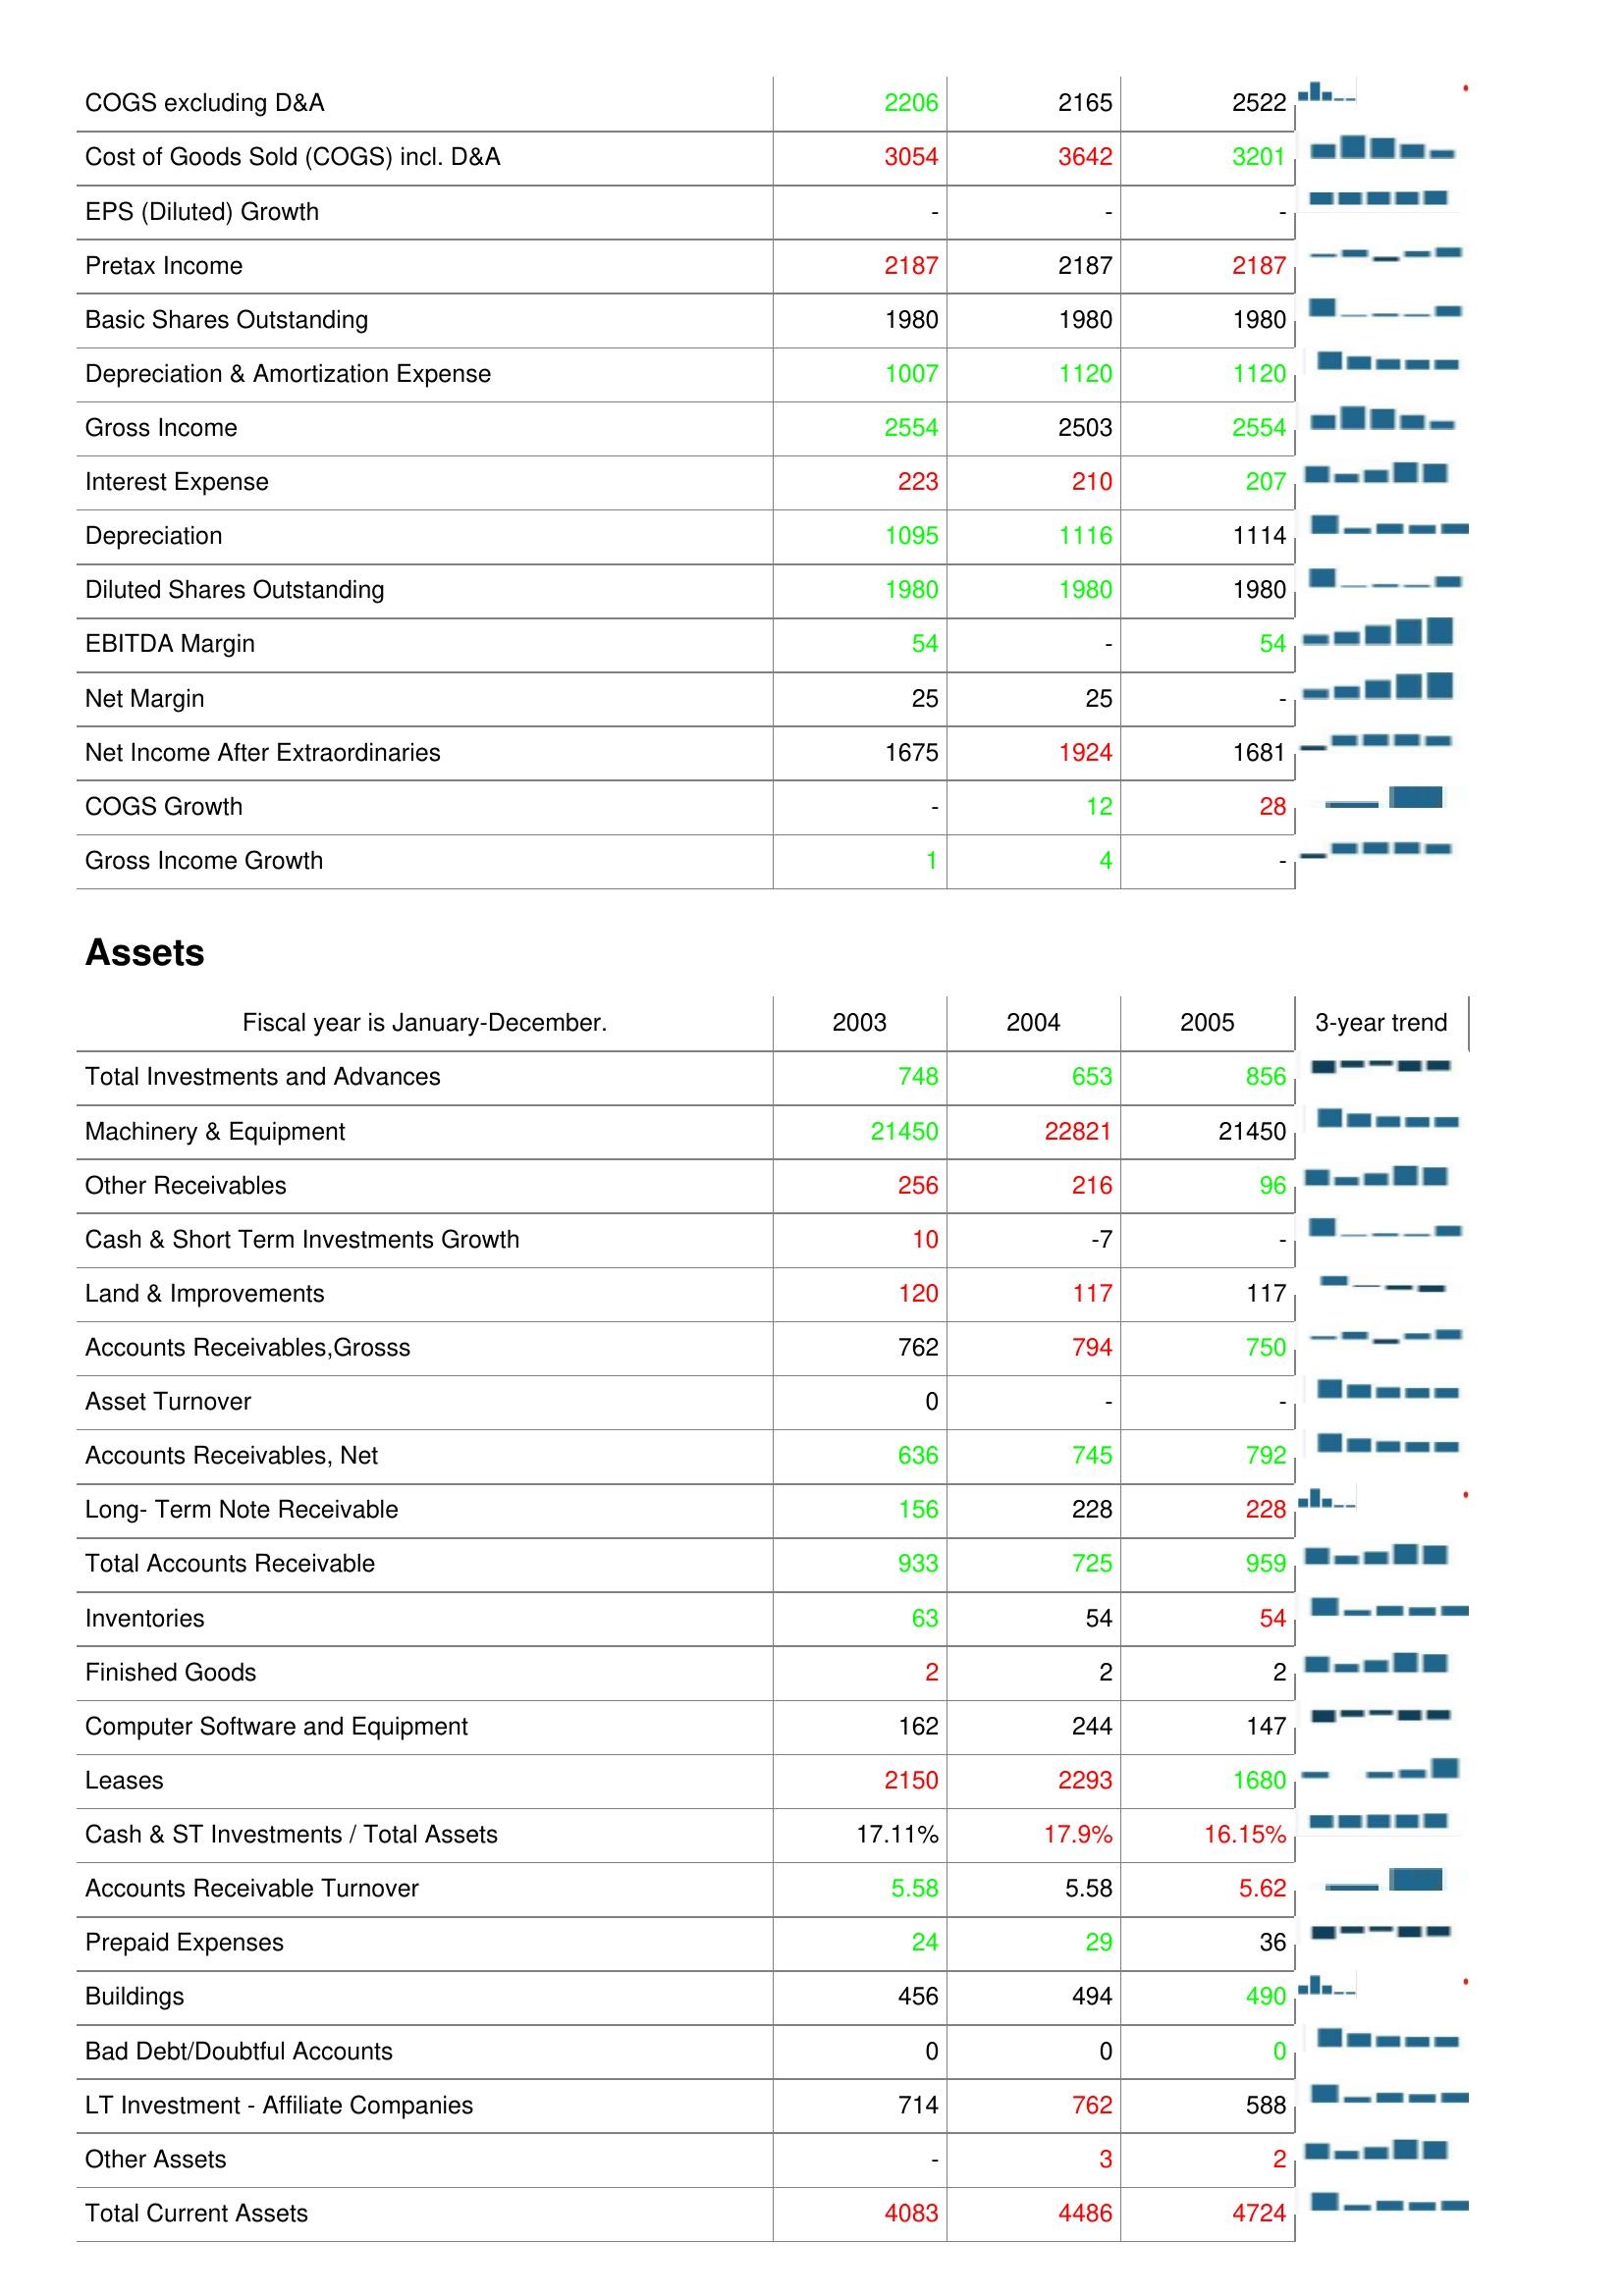
2003: : COGS excluding D&A: 2206
Cost of Goods Sold (COGS) incl. D&A: 3054
EPS (Diluted) Growth: -
Pretax Income: 2187
Basic Shares Outstanding: 1980
Depreciation & Amortization Expense: 1007
Gross Income: 2554
Interest Expense: 223
Depreciation: 1095
Diluted Shares Outstanding: 1980
EBITDA Margin: 54
Net Margin: 25
Net Income After Extraordinaries: 1675
COGS Growth: -
Gross Income Growth: 1
Assets: Total Investments and Advances: 748
Machinery & Equipment: 21450
Other Receivables: 256
Cash & Short Term Investments Growth: 10
Land & Improvements: 120
Accounts Receivables,Grosss: 762
Asset Turnover: 0
Accounts Receivables, Net: 636
Long- Term Note Receivable: 156
Total Accounts Receivable: 933
Inventories: 63
Finished Goods: 2
Computer Software and Equipment: 162
Leases: 2150
Cash & ST Investments / Total Assets: 17.11%
Accounts Receivable Turnover: 5.58
Prepaid Expenses: 24
Buildings: 456
Bad Debt/Doubtful Accounts: 0
LT Investment - Affiliate Companies: 714
Other Assets: -
Total Current Assets: 4083
2004: : COGS excluding D&A: 2165
Cost of Goods Sold (COGS) incl. D&A: 3642
EPS (Diluted) Growth: -
Pretax Income: 2187
Basic Shares Outstanding: 1980
Depreciation & Amortization Expense: 1120
Gross Income: 2503
Interest Expense: 210
Depreciation: 1116
Diluted Shares Outstanding: 1980
EBITDA Margin: -
Net Margin: 25
Net Income After Extraordinaries: 1924
COGS Growth: 12
Gross Income Growth: 4
Assets: Total Investments and Advances: 653
Machinery & Equipment: 22821
Other Receivables: 216
Cash & Short Term Investments Growth: -7
Land & Improvements: 117
Accounts Receivables,Grosss: 794
Asset Turnover: -
Accounts Receivables, Net: 745
Long- Term Note Receivable: 228
Total Accounts Receivable: 725
Inventories: 54
Finished Goods: 2
Computer Software and Equipment: 244
Leases: 2293
Cash & ST Investments / Total Assets: 17.9%
Accounts Receivable Turnover: 5.58
Prepaid Expenses: 29
Buildings: 494
Bad Debt/Doubtful Accounts: 0
LT Investment - Affiliate Companies: 762
Other Assets: 3
Total Current Assets: 4486
2005: : COGS excluding D&A: 2522
Cost of Goods Sold (COGS) incl. D&A: 3201
EPS (Diluted) Growth: -
Pretax Income: 2187
Basic Shares Outstanding: 1980
Depreciation & Amortization Expense: 1120
Gross Income: 2554
Interest Expense: 207
Depreciation: 1114
Diluted Shares Outstanding: 1980
EBITDA Margin: 54
Net Margin: -
Net Income After Extraordinaries: 1681
COGS Growth: 28
Gross Income Growth: -
Assets: Total Investments and Advances: 856
Machinery & Equipment: 21450
Other Receivables: 96
Cash & Short Term Investments Growth: -
Land & Improvements: 117
Accounts Receivables,Grosss: 750
Asset Turnover: -
Accounts Receivables, Net: 792
Long- Term Note Receivable: 228
Total Accounts Receivable: 959
Inventories: 54
Finished Goods: 2
Computer Software and Equipment: 147
Leases: 1680
Cash & ST Investments / Total Assets: 16.15%
Accounts Receivable Turnover: 5.62
Prepaid Expenses: 36
Buildings: 490
Bad Debt/Doubtful Accounts: 0
LT Investment - Affiliate Companies: 588
Other Assets: 2
Total Current Assets: 4724